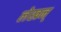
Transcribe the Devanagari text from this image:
लेखन्